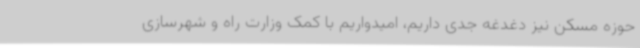
حوزه مسکن نیز دغدغه جدی داریم، امیدواریم با کمک وزارت راه و شهرسازی